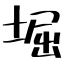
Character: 堀